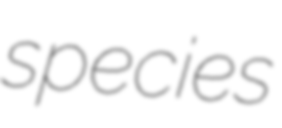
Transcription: species